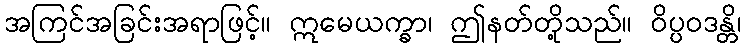
အကြင်အခြင်းအရာဖြင့်။ ဣမေယက္ခာ၊ ဤနတ်တို့သည်။ ဝိပ္ပဝဒန္တိ၊